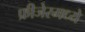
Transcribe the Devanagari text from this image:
फ्रीजेरमध्ये